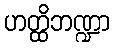
ဟတ္ထိဘဏ္ဍာ